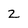
Character: 2